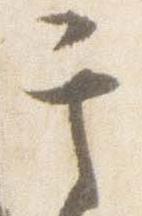
其